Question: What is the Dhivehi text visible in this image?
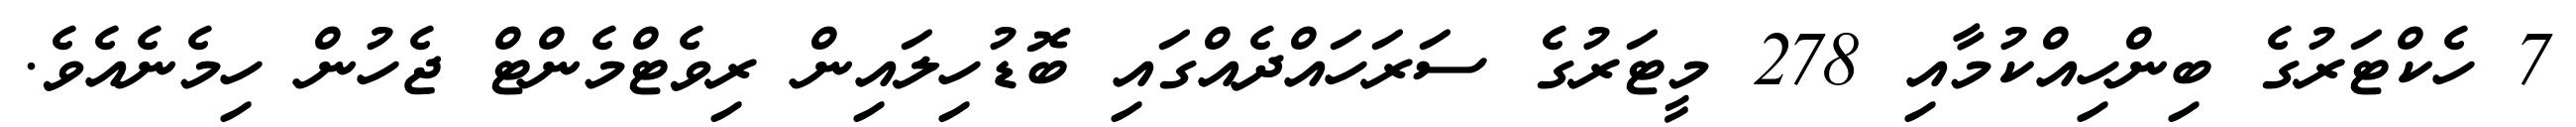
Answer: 7 ހެކްޓަރުގެ ބިންހިއްކުމާއި 278 މީޓަރުގެ ސަރަހައްދެއްގައި ބޮޑުހިލައިން ރިވެޓްމެންޓް ޖެހުން ހިމެނެއެވެ.